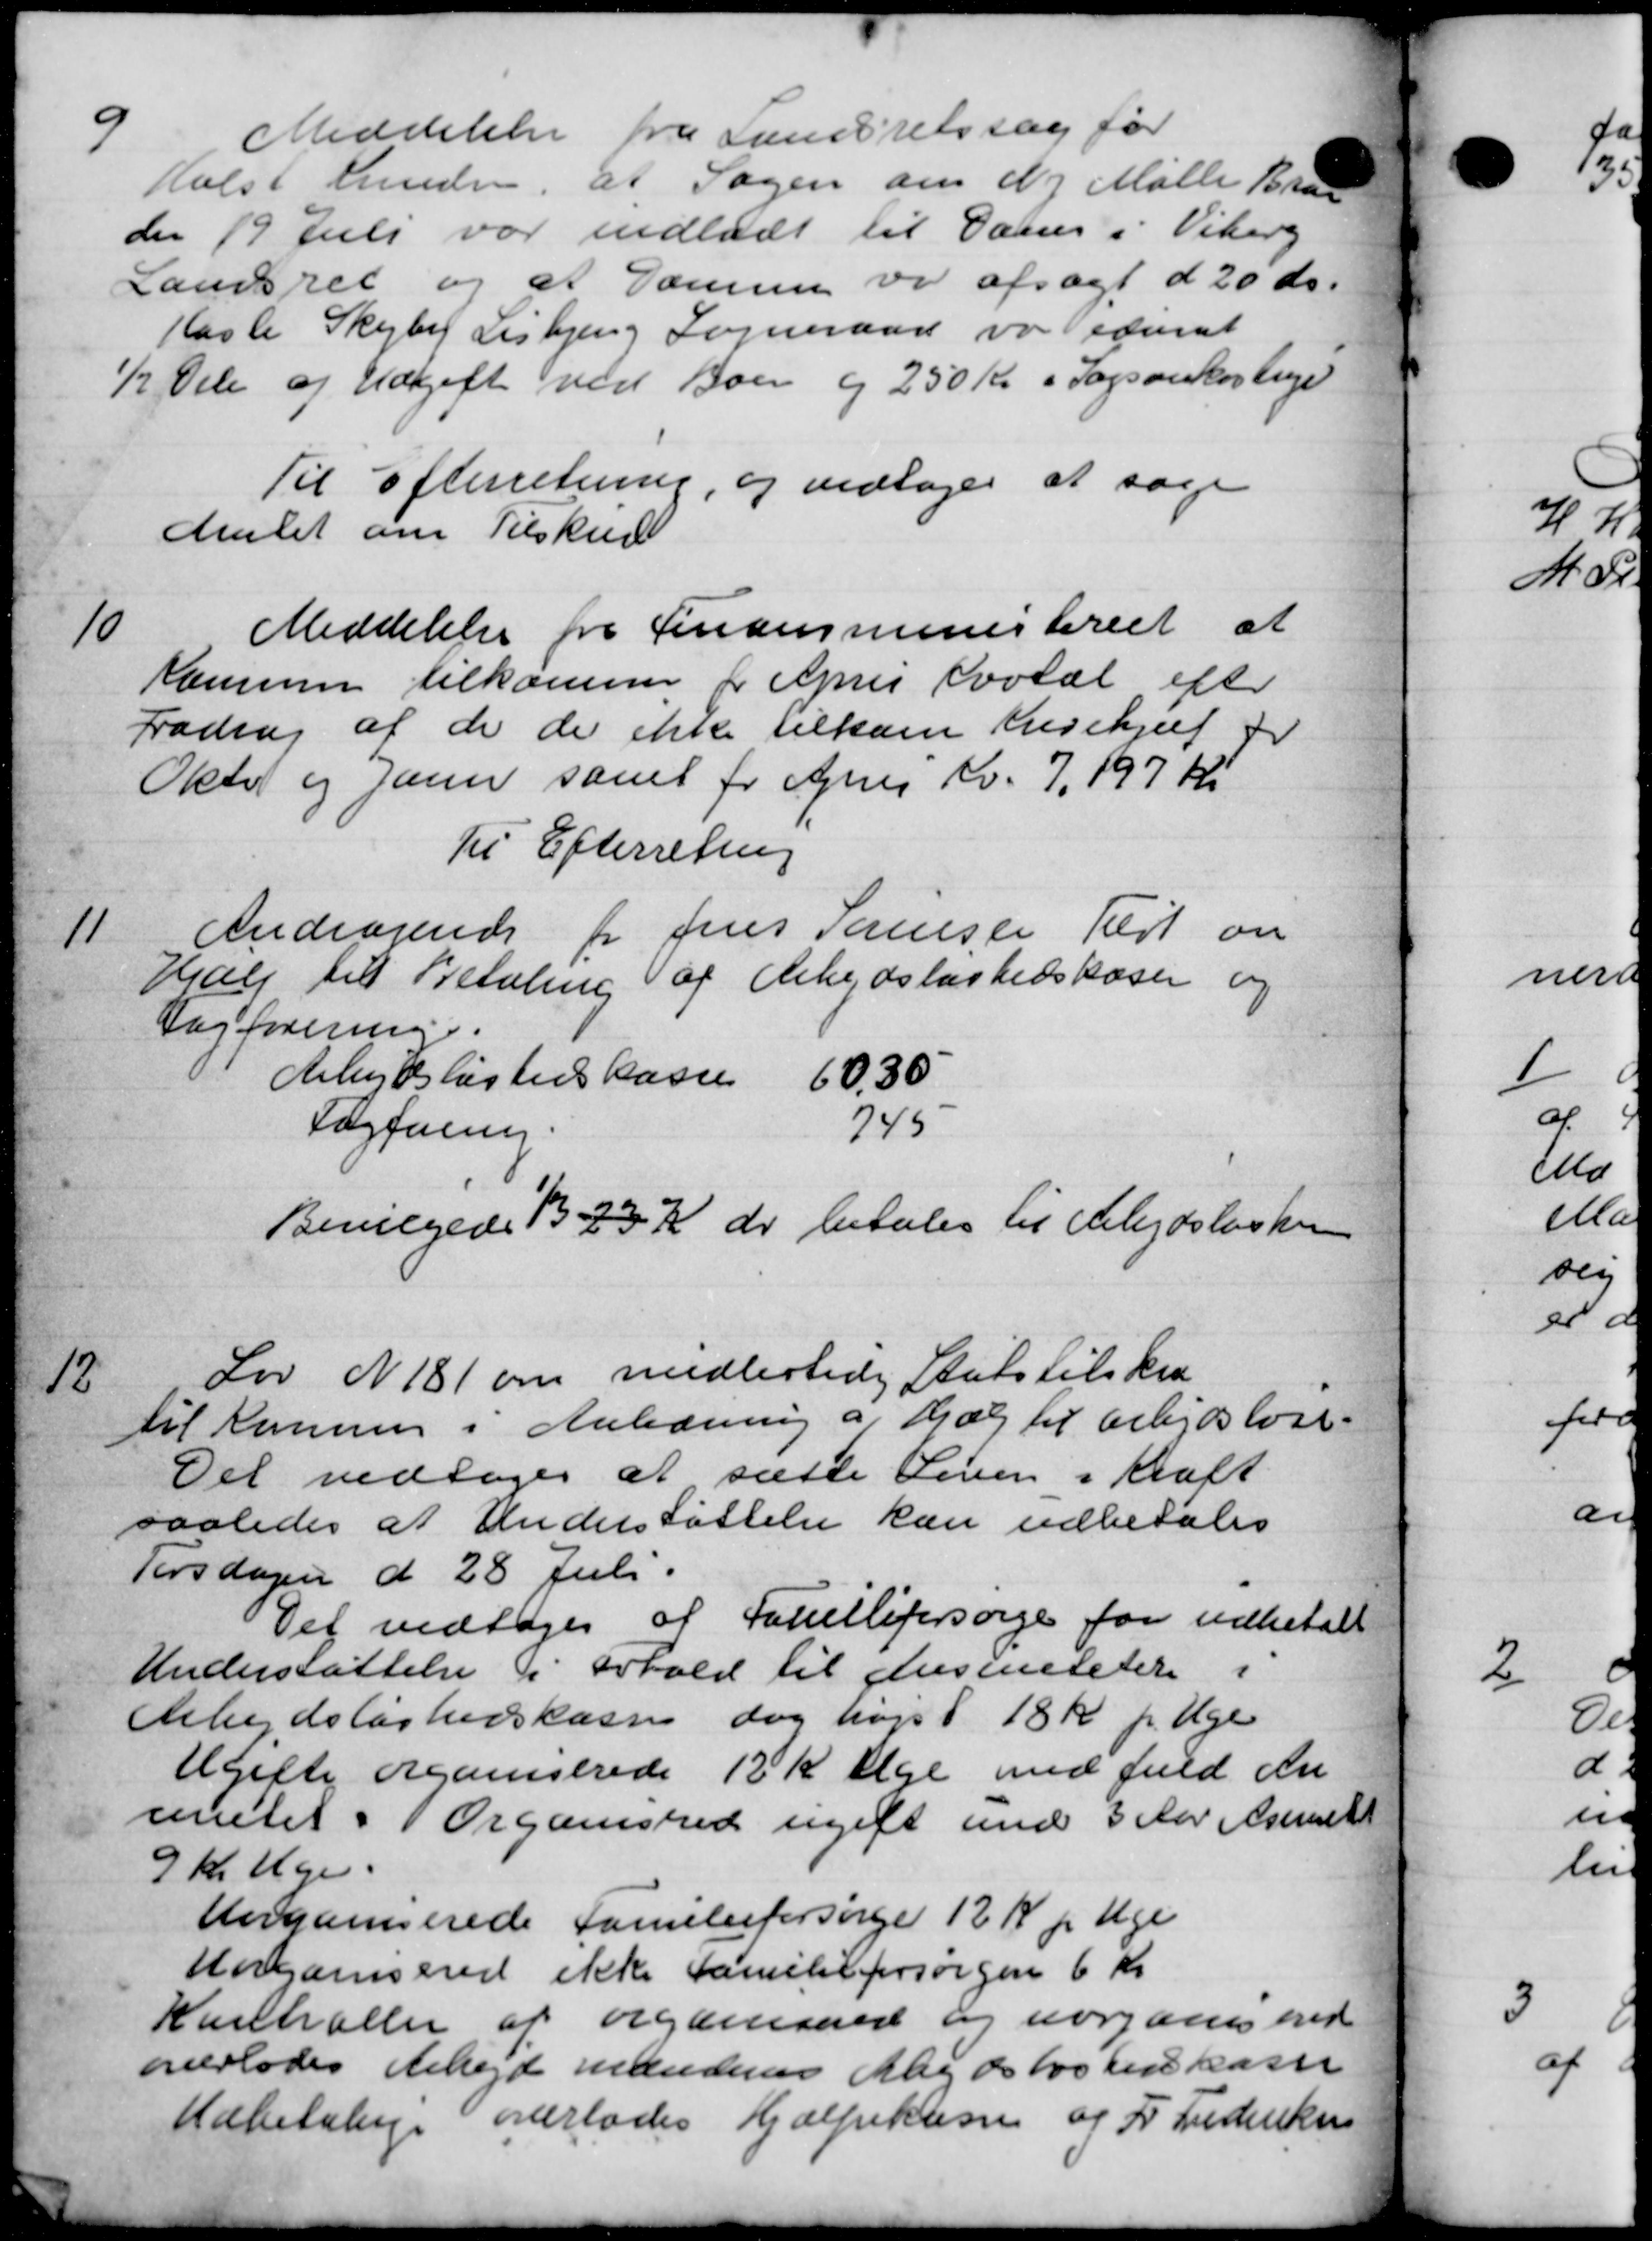
Transskription:
Meddelelse fra Sundsretssag for
Holst Knudsen, at Sagen om N. Mølle Braab
den 19 Juli var indladt til Dames i Viberg
Landsret og at Samme vil afsagt d 20 ds.
Hasle Skejby Lisbjerg Sogneraad var redurat
½ Dele og Udgift ved Boen og 250 Kr. i Sagsankontige
Til Efterretning, og vedtoges at søge
Amtet om Tilskud

Meddelelse fra Finansministeriet at
Kommer tilkomme for April Kvotal efter
Fradrag af de der ikke tilkam Krisehjæl fr
Oktob og Janur samt for April Kv. 7, 197 Kr
Til Efterretning

Andragende for Jens Sørensen Tilst om
Hjælp til Betaling af Arbejdsløshedskasen og
Fagforening.
Arbejdsløstens Kasse           0,30
Fagforening.
745
Bevilgedes 13 23 Kr der betales til Arbejdsløshon

Lov N 181 om midlertidig Statstilskud
til Kommen i Anledning af Hjæg til Arbejdsløse-
Det vedtoges at sætte Liven i Kraft
saaledes at Understøttelse kan udbetales
Tirsdagen d 28 Juli.
Det vedtoges af Socielligersørge for udbetalt
Understøttelse i Forhold til dusmniteter
Arbejdsløshedskassen dog højst 18 Kr. pr. Uge
Ugifte organiserede 12 K Uge med fuld An
amtet i Organished ugift unde 3 Aar Asmitt
9 Kr. Uge.
Aerganiserede Familieforsørge 12 Kr pr Uge
Horganisered ikke Familieforsørgen 6 Kr
Kunhaller af organsked og uorganes ened
overlodes Arbejde mændens Mag desløshedskasse
Udbetaling overlades Hjælpekassen og F Frederiksen